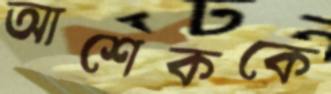
আশেককে